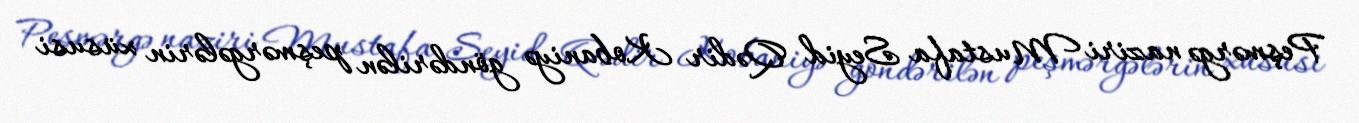
Peşmərgə naziri Mustafa Seyid Qədir Kobaniyə göndərilən peşmərgələrin xüsusi